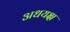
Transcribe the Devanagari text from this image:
अधयक्ष